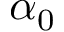
\alpha _ { 0 }